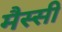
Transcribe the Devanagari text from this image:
मैस्सी